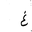
Letter: _gayn